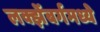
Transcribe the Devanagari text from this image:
लक्झेंबर्गमध्ये